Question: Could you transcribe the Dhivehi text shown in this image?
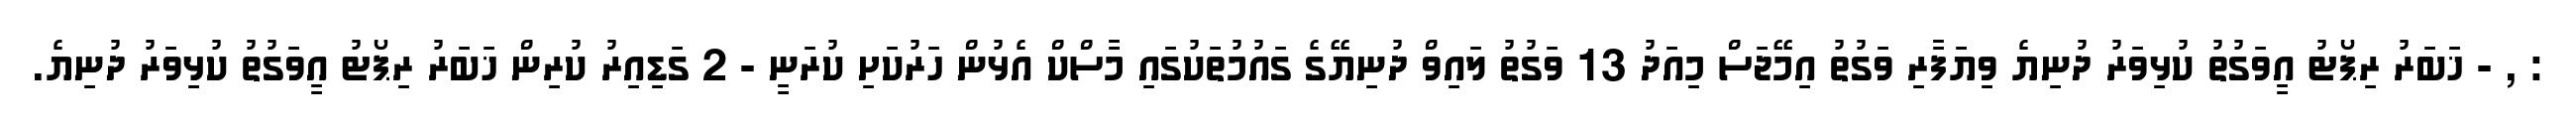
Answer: : , - ޚަބަރު ރިޕޯޓު އީވަގުތު ކުޅިވަރު ދުނިޔެ ވިޔަފާރި ވަގުތު އިމޭޖަސް މިއަދު 13 ވަގުތު ލައިވް ދުނިޔޭގެ ގައުމުތަކުގައި މާސްކް އެޅުން ހަރުކަށި ކުރަނީ - 2 ގަޑިއިރު ކުރިން ޚަބަރު ރިޕޯޓު އީވަގުތު ކުޅިވަރު ދުނިޔެ.